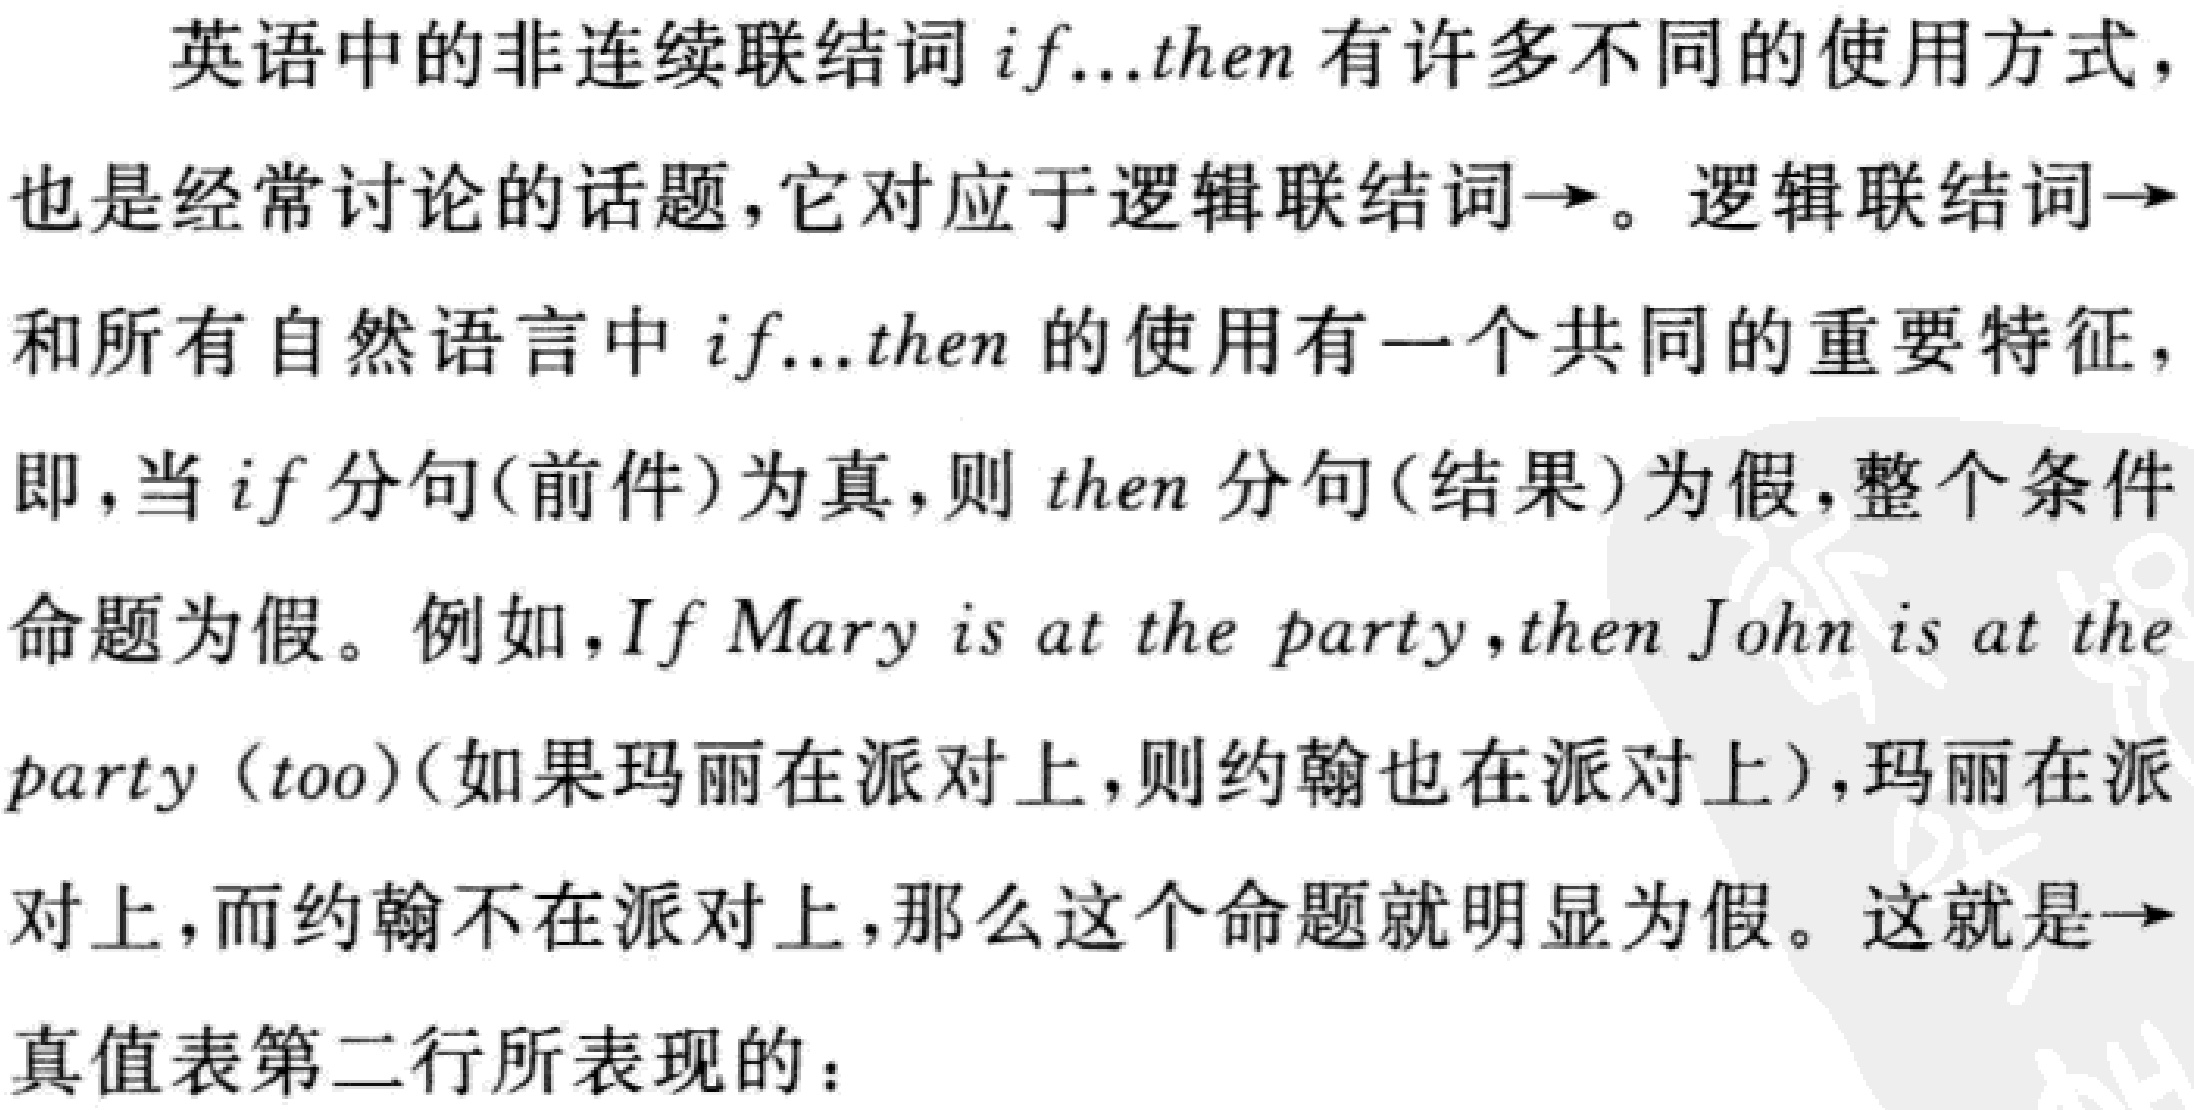
英语中的非连续联结词if...then有许多不同的使用方式，
也是经常讨论的话题，它对应于逻辑联结词→。逻辑联结词→
和所有自然语言中if...then的使用有一个共同的重要特征，
即，当if分句(前件)为真，则then分句(结果)为假，整个条件
命题为假。例如，If Mary is at the party，then John is at the
party（too）(如果玛丽在派对上，则约翰也在派对上)，玛丽在派
对上，而约翰不在派对上，那么这个命题就明显为假。这就是→
真值表第二行所表现的：